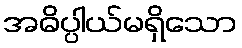
အဓိပ္ပါယ်မရှိသော